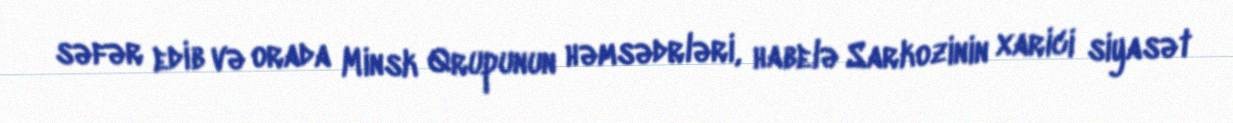
səfər edib və orada Minsk Qrupunun həmsədrləri, habelə Sarkozinin xarici siyasət